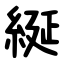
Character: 綖